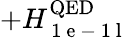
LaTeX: +H_{\mathrm{~1~e~-~1~l~}}^{\mathrm{QED}}